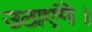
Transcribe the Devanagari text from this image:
उठाएंगे।